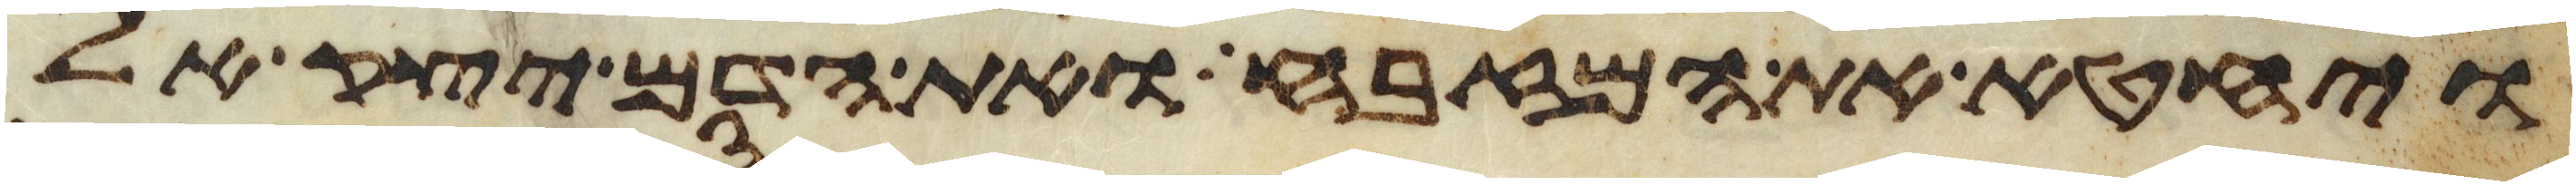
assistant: ויחטא את המזבח ואת הדם יצק אל